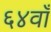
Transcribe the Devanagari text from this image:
६४वाँ